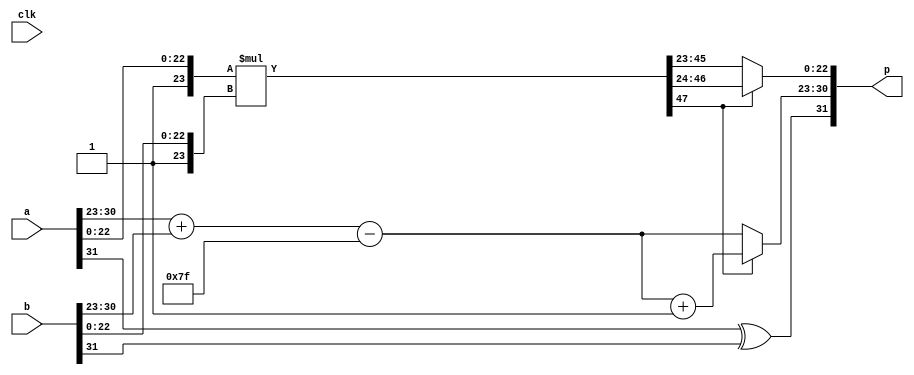
`timescale 1ns / 1ps
//////////////////////////////////////////////////////////////////////////////////
// Company: Tecnolgico de Costa Rica
// 
// Design Name: 
// Module Name: multiplier
// Project Name: 
// Target Devices: 
// Tool Versions: 
// Description: Floating Point Multiplier
// 
//////////////////////////////////////////////////////////////////////////////////

module FP_Mul #(parameter P=32, biasSP=8'd127)(
	
	input wire clk,
	input wire [P-1:0] a,       //Dato entrada x
	input wire [P-1:0] b,       //Dato entrada y
	output wire [P-1:0] p       //Dato de Salida
	);
	
	wire [22:0] am, bm; 	    //Mantisa de entrada
	wire [7:0] ae,be;           //exponente de salida
	
	assign am = a[22:0];
	assign bm = b[22:0];
	assign ae = a[30:23];
	assign be = b[30:23];
	
	reg [22:0] pm;		 	    //Mantisa de salida
	reg [7:0] pe;			    //Exponente salida
    	                         
	//Registros internos
	reg [47:0] pmTemp;		    //Mantisa
	reg [7:0] peTemp;	      	    //Exponente
	reg [23:0] xm;			    //Redondeo/Incremento
	
    always@*
    begin
        pmTemp = {1'b1,am}*{1'b1,bm};                    //Multiplicacin mantisas
        peTemp = (ae+be)-biasSP;                         //Suma de exponentes y resta del valor de bias
        xm = pmTemp[47] ? pmTemp[46:24] : pmTemp[45:23]; //Asignar mantisa
        pe = pmTemp[47] ? peTemp+1 : peTemp;             //Asignar exponente
        pm = xm[22:0];                                   //Mantisa salida
        pe = xm[23] ? pe+1 : pe;                         //Exponente salida
	end
	
	assign p = {(a[31]^b[31]),{pe,pm}};              //Concatenacin signo+exponente+mantisa

endmodule